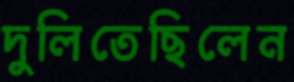
দুলিতেছিলেন